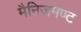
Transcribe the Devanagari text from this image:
मैनिजमण्ट